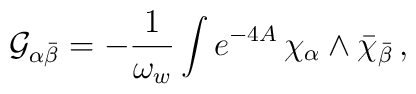
{\cal G}_{\alpha{\bar \beta}} = - {1 \over \omega_w} \int e^{-4A} \,\chi_\alpha \wedge {\bar \chi}_{\bar \beta} \,,